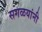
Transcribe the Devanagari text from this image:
सगळयांनी